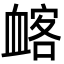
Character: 䘔